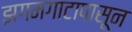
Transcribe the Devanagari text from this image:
झगमगाटापासून